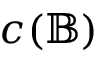
c ( { \mathbb { B } } )